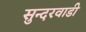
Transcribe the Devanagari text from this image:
सुन्दरवाडी